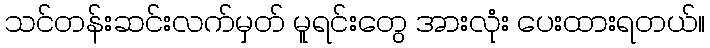
သင်တန်းဆင်းလက်မှတ် မူရင်းတွေ အားလုံး ပေးထားရတယ်။